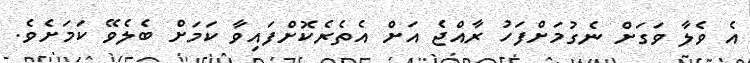
އެ ވެލާ ވަގަށް ނެގުމަށްފަހު ރާއްޖެ އަށް އެތެރެކޮށްފައިވާ ކަމަށް ބެލެވޭ ކަމަށެވެ.